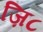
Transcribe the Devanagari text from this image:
ज़ि८